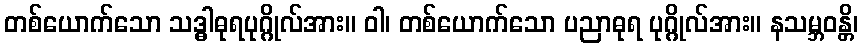
တစ်ယောက်သော သဒ္ဓါဓုရပုဂ္ဂိုလ်အား။ ဝါ၊ တစ်ယောက်သော ပညာဓုရ ပုဂ္ဂိုလ်အား။ နသမ္ဘဝန္တိ၊